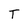
Character: T